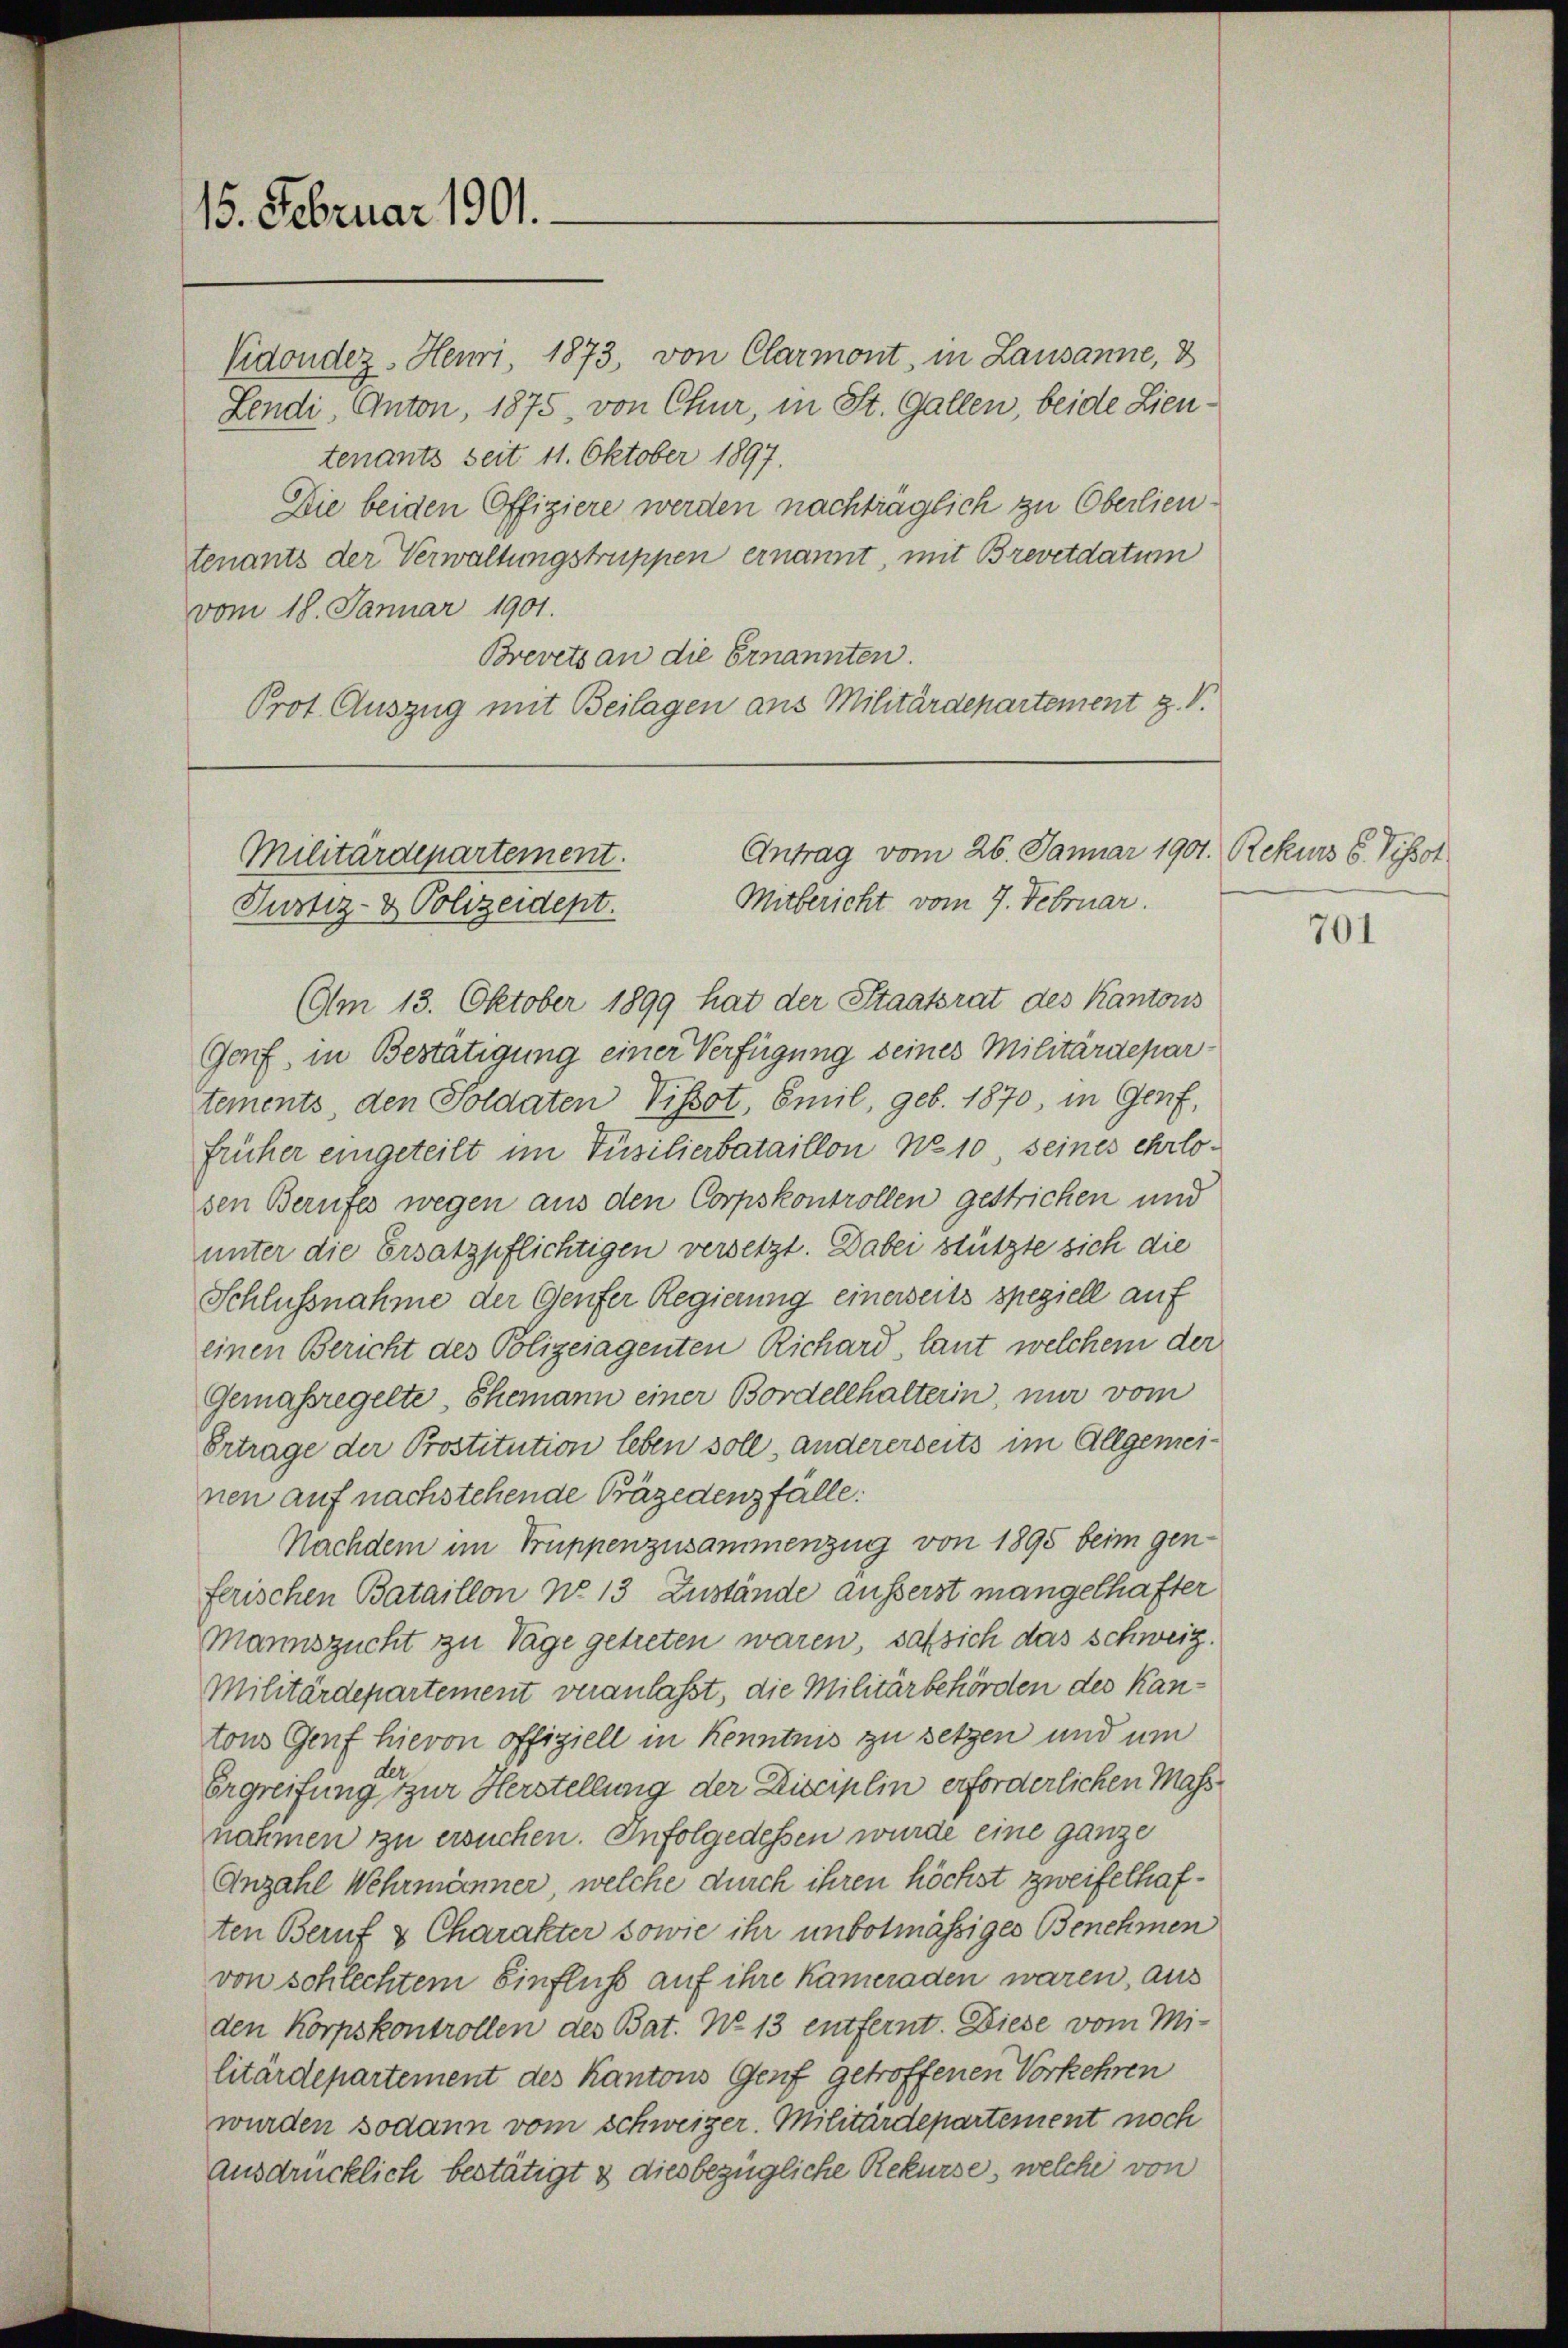
15. Februar 1901.

Vidondez. Heuri 1873, von Clarmont, in Lausanne, 3
Lendi, Anton, 1875, von Chur, in St. Gallen, beide Lieutenants seit 11. Oktober 1897.
Die beiden Offigiere werden nachträglich zu Oberlieutenants der Verwaltungstruppen ernannt, mit Brevetdatum
vom 18. Januar 1901.
Brevets an die Ernannten.
Prot. Auszug mit Beilagen aus Militärdepartement z. B.

Antrag vom 26. Januar 1901. Rekurs 6. Pissot
Militärdepartement.
Mitbericht vom 7. Februar.
Justiz- & Polizeidept.

(m 13. Oktober 1899 hat der Staatsrat des Kantons
Genf, in Bestätigung einer Verfügung seines Militärdepar
tements, den Soldaten Vissot, Emil, geb. 1870, in Genf,
früher eingeteilt im Füsilierbataillon No 10 seines ehrlosen Berufes wegen aus den Corpskontrollen gestricken und
unter die Ersatzpflichtigen versetzt. Dabei stützte sich die
Schlussnahme der Genfer Regierung einerseits speziell auf
einen Bericht des Polizeiagenten Richard, laut welchem der
Gemassregelte, Ehemann einer Bordellhalterin, nur vom
Ertrage der Prostitution leben soll, andererseits im Allgemeinen auf nachstehende Präzedenzfälle:
Nachdem im Truppenzusammenzug von 1895 beim genferischen Bataillon No 13 Zustände äusserst mangelhafter
Mannszucht zu Tage getreten waren, saß sich das Schweiz.
Militärdepartement veranlasst, die Militärbehörden des Kantons Genf hievon offiziell in Kenntnis zu setzen und um
der
Ergreifung zur Herstellung der Disciplin erforderlichen Mass
nahmen zu ersuchen. Infolgedessen wurde eine ganze
Anzahl Wehrmänner, welche durch ihren höchst zweifelhaften Beruf & Charakter sowie ihr unbotmässiges Benehmen
von schlechtem Einfluss auf ihre kameraden waren, aus
den Korpskontrollen des Bat. No 13 entfernt. Diese vom Mi-
litärdepartement des Kantons Genf getroffenen Vorkehren
wurden sodann vom schweizer. Militärdepartement noch
ausdrücklich bestätigt & diesbezügliche Rekurse, welche von

701